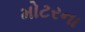
મોટરના